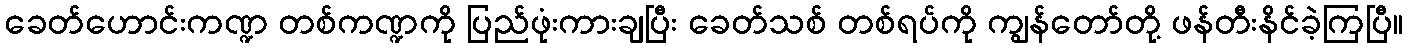
ခေတ်ဟောင်းကဏ္ဍ တစ်ကဏ္ဍကို ပြည်ဖုံးကားချပြီး ခေတ်သစ် တစ်ရပ်ကို ကျွန်တော်တို့ ဖန်တီးနိင်ခဲ့ကြပြီ။